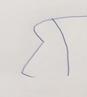
Signature authenticity: forged